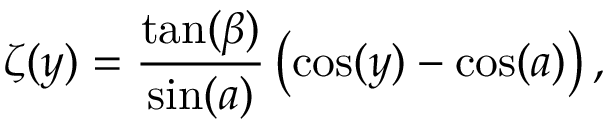
\zeta ( y ) = \frac { \tan ( \beta ) } { \sin ( a ) } \left( \cos ( y ) - \cos ( a ) \right) ,